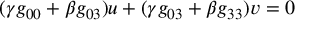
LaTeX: ( \gamma g _ { 0 0 } + \beta g _ { 0 3 } ) u + ( \gamma g _ { 0 3 } + \beta g _ { 3 3 } ) v = 0